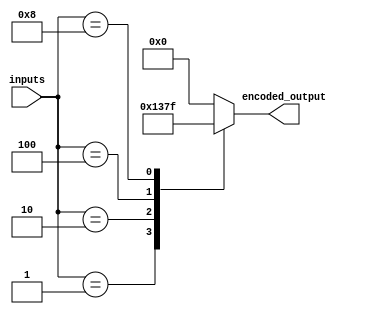
module priority_encoder(
  input [3:0] inputs,
  output reg [3:0] encoded_output
);

always @(*) begin
  case(inputs)
    4'b0001: encoded_output = 4'b0001; // Input 1 has highest priority
    4'b0010: encoded_output = 4'b0011; // Input 2 has highest priority
    4'b0100: encoded_output = 4'b0111; // Input 3 has highest priority
    4'b1000: encoded_output = 4'b1111; // Input 4 has highest priority
    default: encoded_output = 4'b0000; // Default output
  endcase
end

endmodule